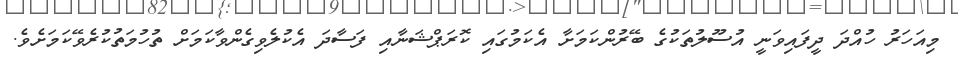
މިއަހަރު ހުއްދަ ދީފައިވަނީ އުސޫލުތަކުގެ ބޭރުންކަމަށާ އެކަމުގައި ކޮރަޕްޝަނާއި ފަސާދަ އެކުލެވިގެންވާކަމަށް ތުހުމަތުކުރެވޭކަމަށެވެ.